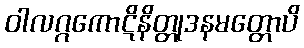
ဝါလဂ္ဂကောဋိနိတ္တုဒနမတ္တောပိ